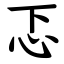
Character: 忑